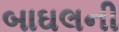
બાઘલની